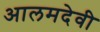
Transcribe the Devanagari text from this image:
आलमदेवी